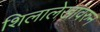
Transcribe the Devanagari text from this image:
शिलालेखांवरुन